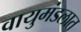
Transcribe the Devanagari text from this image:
वायुमंडलात